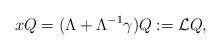
LaTeX: \begin{align*}xQ=(\Lambda+\Lambda^{-1}\gamma)Q:=\mathcal{L}Q,\end{align*}